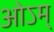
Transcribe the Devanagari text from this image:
ओऽम्‌